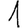
Digit: 1